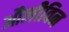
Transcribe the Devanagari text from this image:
औलीविन